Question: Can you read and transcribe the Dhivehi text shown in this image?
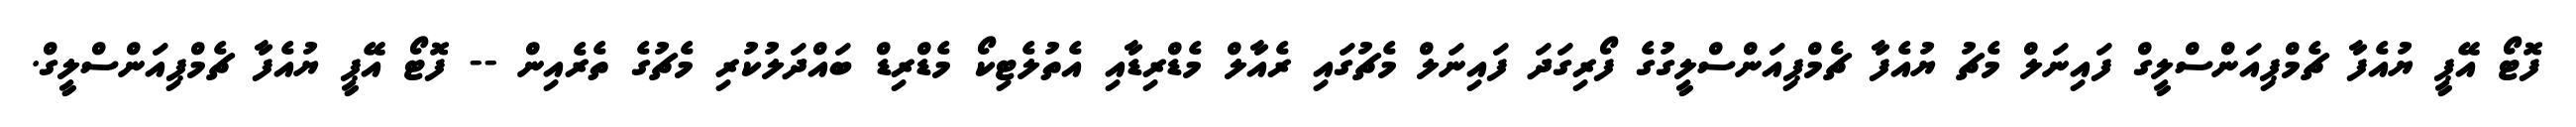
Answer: ފޮޓޯ އޭޕީ ޔުއެފާ ޗެމްޕިއަންސްލީގް ފައިނަލް މެޗު ޔުއެފާ ޗެމްޕިއަންސްލީގުގެ ފޯރިގަދަ ފައިނަލް މެޗުގައި ރެއާލް މެޑްރިޑާއި އެތުލެޓިކޯ މެޑްރިޑް ބައްދަލުކުރި މެޗުގެ ތެރެއިން -- ފޮޓޯ އޭޕީ ޔުއެފާ ޗެމްޕިއަންސްލީގް.